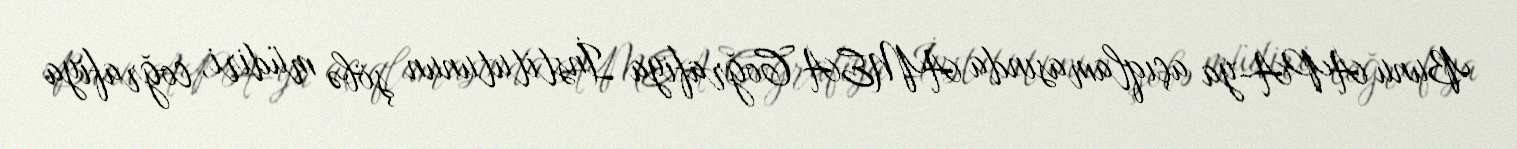
Bunu APA-ya açıqlamasında AMEA Coğrafiya İnstitutunun şöbə müdiri, coğrafiya